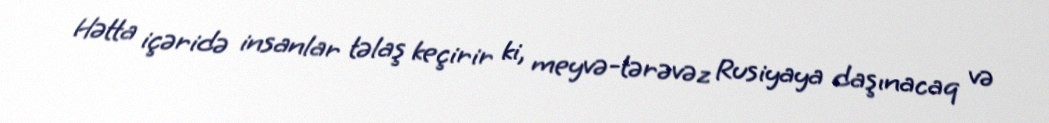
Hətta içəridə insanlar təlaş keçirir ki, meyvə-tərəvəz Rusiyaya daşınacaq və